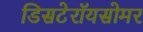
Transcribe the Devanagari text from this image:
डिसटेरॉयसोमर